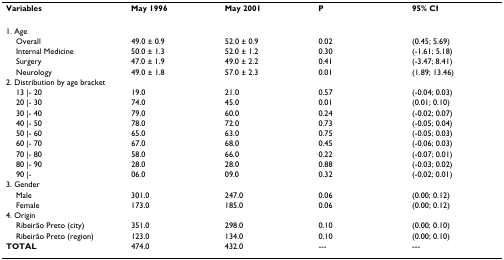
| Variables | May 1996 | May 2001 | P | 95% CI |
 | --- | --- | --- | --- | --- |
 | <COLSPAN=5> 1. Age |
 | Overall | 49.0 ± 0.9 | 52.0 ± 0.9 | 0.02 | (0.45; 5.69) |
 | Internal Medicine | 50.0 ± 1.3 | 52.0 ± 1.2 | 0.30 | (-1.61; 5.18) |
 | Surgery | 47.0 ± 1.9 | 49.0 ± 2.2 | 0.41 | (-3.47; 8.41) |
 | Neurology | 49.0 ± 1.8 | 57.0 ± 2.3 | 0.01 | (1.89; 13.46) |
 | <COLSPAN=5> 2. Distribution by age bracket |
 | 13 |- 20 | 19.0 | 21.0 | 0.57 | (-0.04; 0.03) |
 | 20 |- 30 | 74.0 | 45.0 | 0.01 | (0.01; 0.10) |
 | 30 |- 40 | 79.0 | 60.0 | 0.24 | (-0.02; 0.07) |
 | 40 |- 50 | 78.0 | 72.0 | 0.73 | (-0.05; 0.04) |
 | 50 |- 60 | 65.0 | 63.0 | 0.75 | (-0.05; 0.03) |
 | 60 |- 70 | 67.0 | 68.0 | 0.45 | (-0.06; 0.03) |
 | 70 |- 80 | 58.0 | 66.0 | 0.22 | (-0.07; 0.01) |
 | 80 |- 90 | 28.0 | 28.0 | 0.88 | (-0.03; 0.02) |
 | 90 |- | 06.0 | 09.0 | 0.32 | (-0.02; 0.01) |
 | <COLSPAN=5> 3. Gender |
 | Male | 301.0 | 247.0 | 0.06 | (0.00; 0.12) |
 | Female | 173.0 | 185.0 | 0.06 | (0.00; 0.12) |
 | <COLSPAN=5> 4. Origin |
 | Ribeirão Preto (city) | 351.0 | 298.0 | 0.10 | (0.00; 0.10) |
 | Ribeirão Preto (region) | 123.0 | 134.0 | 0.10 | (0.00; 0.10) |
 | TOTAL | 474.0 | 432.0 | --- | --- |